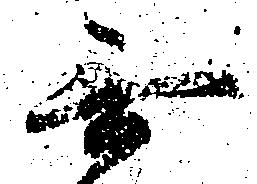
無